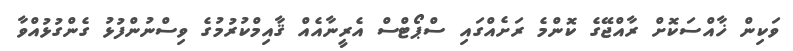
ވަކިން ޚާއްސަކޮށް ރާއްޖޭގެ ކޮންމެ ރަށެއްގައި ސްޕޯޓްސް އެރީނާއެއް ޤާއިމްކުރުމުގެ ވިސްނުންފުޅު ގެންގުޅުއްވާ